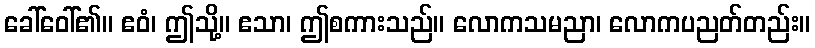
ခေါ်ဝေါ်၏။ ဧဝံ၊ ဤသို့။ ဧသာ၊ ဤစကားသည်။ လောကသမညာ၊ လောကပညတ်တည်း။